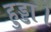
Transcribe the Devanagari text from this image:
हुड्डा।